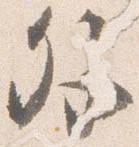
外